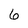
Character: 6